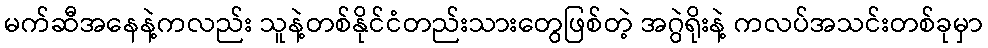
မက်ဆီအနေနဲ့ကလည်း သူနဲ့တစ်နိုင်ငံတည်းသားတွေဖြစ်တဲ့ အဂွဲရိုးနဲ့ ကလပ်အသင်းတစ်ခုမှာ